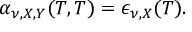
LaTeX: \alpha _ { \nu , X , Y } ( T , T ) = \epsilon _ { \nu , X } ( T ) .